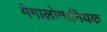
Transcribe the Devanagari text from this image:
मेगालोमानियक